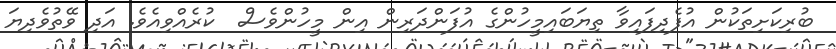
ބުރިކަށިތަކުން އުފެދިފައިވާ ތިޔަބައިމީހުންގެ އުފަންދަރިން އިން މީހުންވެސް  ކުރެއްވިއެވެ. އަދި ވޭތުވެދިޔަ